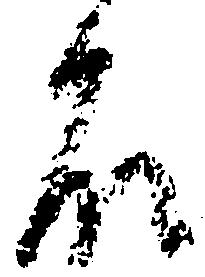
殿